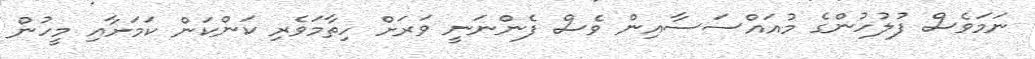
ނަމަވެސް ފުލުހުންގެ މުއައްސަސާއިން ވެސް ފެންނަނީ ވަރަށް ހިތާމަވެރި ކަންކަން ކަމަށާއި މީހުން